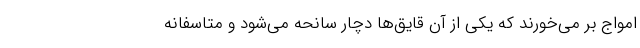
امواج بر می‌خورند که یکی از آن قایق‌ها دچار سانحه می‌شود و متاسفانه